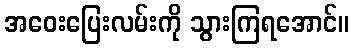
အဝေးပြေးလမ်းကို သွားကြရအောင်။